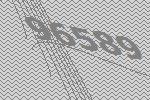
96589